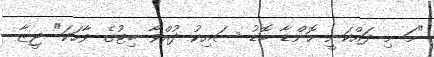
"މަ މި ދައްކަނީ ހޮންޑާ ބޮޑު ސައިކު ދުއްވާ ބިޓުގެ ވާހަކަ" ޖީޒާ